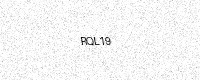
Text: RQL19